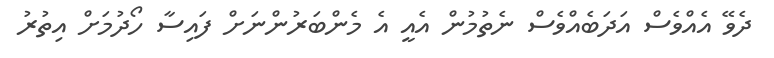
ދެވޭ އެއްވެސް އަދަބެއްވެސް ނެތުމުން އެއީ އެ މެންބަރުންނަށް ފައިސާ ހޯދުމަށް އިތުރު